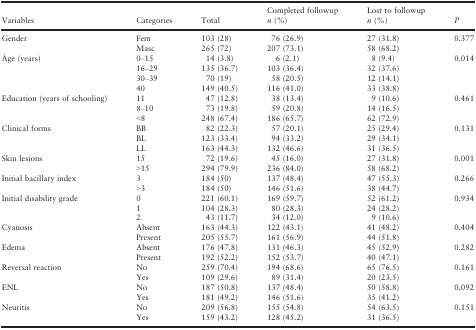
<table><thead><tr><td><b>Variables</b></td><td><b>Categories</b></td><td><b>Total</b></td><td><b>Completed followup <i>n</i> (%)</b></td><td><b>Lost to followup <i>n</i> (%)</b></td><td><b><i>P</i></b></td></tr></thead><tbody><tr><td rowspan="2">Gender</td><td>Fem</td><td>103 (28)</td><td>76 (26.9)</td><td>27 (31.8)</td><td rowspan="2">0.377</td></tr><tr><td>Masc</td><td>265 (72)</td><td>207 (73.1)</td><td>58 (68.2)</td></tr><tr><td rowspan="4">Age (years)</td><td>0–15</td><td>14 (3.8)</td><td>6 (2.1)</td><td>8 (9.4)</td><td rowspan="4">0.014</td></tr><tr><td>16–29</td><td>135 (36.7)</td><td>103 (36.4)</td><td>32 (37.6)</td></tr><tr><td>30–39</td><td>70 (19)</td><td>58 (20.5)</td><td>12 (14.1)</td></tr><tr><td>40</td><td>149 (40.5)</td><td>116 (41.0)</td><td>33 (38.8)</td></tr><tr><td rowspan="3">Education (years of schooling)</td><td>11</td><td>47 (12.8)</td><td>38 (13.4)</td><td>9 (10.6)</td><td rowspan="3">0.461</td></tr><tr><td>8–10</td><td>73 (19.8)</td><td>59 (20.8)</td><td>14 (16.5)</td></tr><tr><td>&lt;8</td><td>248 (67.4)</td><td>186 (65.7)</td><td>62 (72.9)</td></tr><tr><td rowspan="3">Clinical forms</td><td>BB</td><td>82 (22.3)</td><td>57 (20.1)</td><td>25 (29.4)</td><td rowspan="3">0.131</td></tr><tr><td>BL</td><td>123 (33.4)</td><td>94 (33.2)</td><td>29 (34.1)</td></tr><tr><td>LL</td><td>163 (44.3)</td><td>132 (46.6)</td><td>31 (36.5)</td></tr><tr><td rowspan="2">Skin lesions</td><td>15</td><td>72 (19.6)</td><td>45 (16.0)</td><td>27 (31.8)</td><td rowspan="2">0.001</td></tr><tr><td>&gt;15</td><td>294 (79.9)</td><td>236 (84.0)</td><td>58 (68.2)</td></tr><tr><td rowspan="2">Initial bacillary index</td><td>3</td><td>184 (50)</td><td>137 (48.4)</td><td>47 (55.3)</td><td rowspan="2">0.266</td></tr><tr><td>&gt;3</td><td>184 (50)</td><td>146 (51.6)</td><td>38 (44.7)</td></tr><tr><td rowspan="3">Initial disability grade</td><td>0</td><td>221 (60.1)</td><td>169 (59.7)</td><td>52 (61.2)</td><td rowspan="3">0.934</td></tr><tr><td>1</td><td>104 (28.3)</td><td>80 (28.3)</td><td>24 (28.2)</td></tr><tr><td>2</td><td>43 (11.7)</td><td>34 (12.0)</td><td>9 (10.6)</td></tr><tr><td rowspan="2">Cyanosis</td><td>Absent</td><td>163 (44.3)</td><td>122 (43.1)</td><td>41 (48.2)</td><td rowspan="2">0.404</td></tr><tr><td>Present</td><td>205 (55.7)</td><td>161 (56.9)</td><td>44 (51.8)</td></tr><tr><td rowspan="2">Edema</td><td>Absent</td><td>176 (47.8)</td><td>131 (46.3)</td><td>45 (52.9)</td><td rowspan="2">0.282</td></tr><tr><td>Present</td><td>192 (52.2)</td><td>152 (53.7)</td><td>40 (47.1)</td></tr><tr><td rowspan="2">Reversal reaction</td><td>No</td><td>259 (70.4)</td><td>194 (68.6)</td><td>65 (76.5)</td><td rowspan="2">0.161</td></tr><tr><td>Yes</td><td>109 (29.6)</td><td>89 (31.4)</td><td>20 (23.5)</td></tr><tr><td rowspan="2">ENL</td><td>No</td><td>187 (50.8)</td><td>137 (48.4)</td><td>50 (58.8)</td><td rowspan="2">0.092</td></tr><tr><td>Yes</td><td>181 (49.2)</td><td>146 (51.6)</td><td>35 (41.2)</td></tr><tr><td rowspan="2">Neuritis</td><td>No</td><td>209 (56.8)</td><td>155 (54.8)</td><td>54 (63.5)</td><td rowspan="2">0.151</td></tr><tr><td>Yes</td><td>159 (43.2)</td><td>128 (45.2)</td><td>31 (36.5)</td></tr></tbody></table>